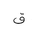
Letter: _qaf